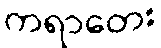
ကရာတေး